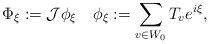
LaTeX: \begin{align*}\Phi_\xi := \mathcal{J}\phi_\xi\quad\phi_\xi := \sum_{v\in W_0} T_v e^{i\xi} ,\end{align*}